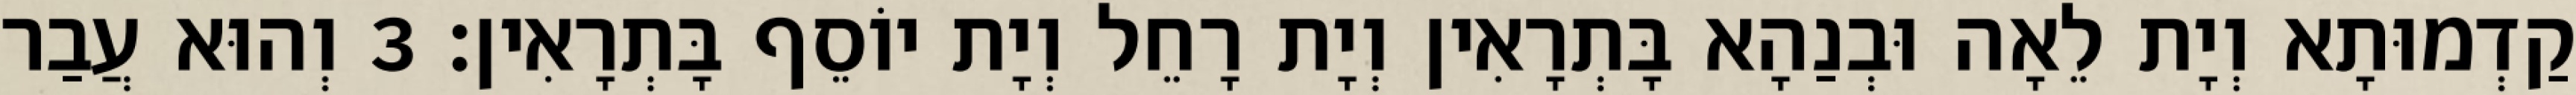
קַדְמוּתָא וְיָת לֵאָה וּבְנַהָא בָּתְרָאִין וְיָת רָחֵל וְיָת יוֹסֵף בָּתְרָאִין׃ 3 וְהוּא עֲבַר